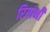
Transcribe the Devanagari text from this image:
रियाभी